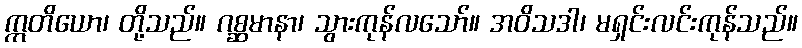
ဣတိယော၊ တို့သည်။ ဂစ္ဆမာနာ၊ သွားကုန်လသော်။ အဝိသဒါ၊ မရှင်းလင်းကုန်သည်။